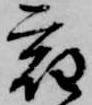
宿